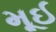
મૂઈ